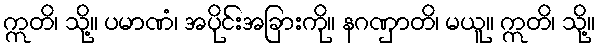
ဣတိ၊ သို့။ ပမာဏံ၊ အပိုင်းအခြားကို။ နဂဏှာတိ၊ မယူ။ ဣတိ၊ သို့။